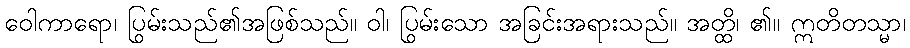
ဝေါကာရော၊ ပြွမ်းသည်၏အဖြစ်သည်။ ဝါ၊ ပြွမ်းသော အခြင်းအရားသည်။ အတ္ထိ၊ ၏။ ဣတိတသ္မာ၊